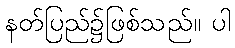
နတ်ပြည်၌ဖြစ်သည်။ ပါ